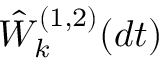
\hat { W } _ { k } ^ { ( 1 , 2 ) } ( d t )